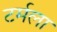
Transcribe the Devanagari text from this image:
टर्मला